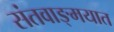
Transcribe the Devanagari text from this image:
संतवाङ्मयात